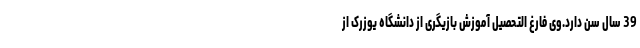
39 سال سن دارد.وی فارغ التحصیل آموزش بازیگری از دانشگاه یوزرک از